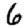
Digit: 6